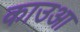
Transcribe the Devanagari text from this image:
काउआ